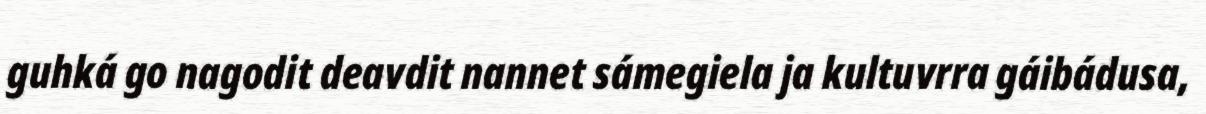
guhká go nagodit deavdit nannet sámegiela ja kultuvrra gáibádusa,